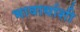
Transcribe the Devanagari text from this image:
भावार्थाशी